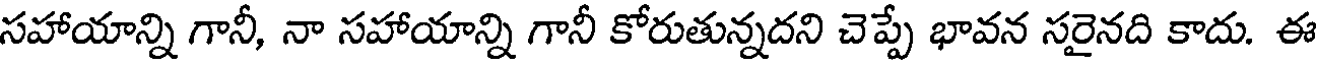
సహాయాన్ని గానీ, నా సహాయాన్ని గానీ కోరుతున్నదని చెప్పే భావన సరైనది కాదు. ఈ